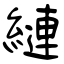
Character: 縺